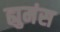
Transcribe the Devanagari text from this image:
ह्युमंस